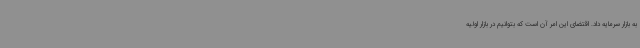
به بازار سرمایه داد. اقتضای این امر آن است که بتوانیم در بازار اولیه